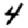
Digit: 4